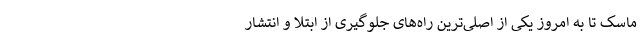
ماسک تا به امروز یکی از اصلی‌ترین راه‌های جلوگیری از ابتلا و انتشار